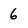
Character: 6